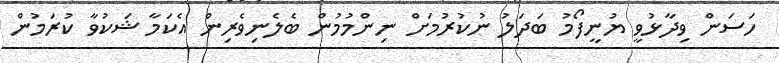
ހަސަން ވިދާޅުވީ ޔުނީފޯމު ބަދަލު ނުކުރުމަށް ނިންމުމުން ބެލެނިވެރިން އެކަމާ ޝަކުވާ ކުރަމުން